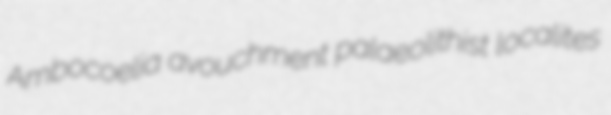
Ambocoelia avouchment palaeolithist localites